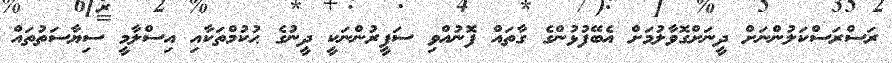
ރަސްރަސްކަލުންނަށް ދީނަށްގޮވާލުމަށް އެބޭފުޅުންގެ ގާތައް ފޮނުއްވި ސަފީރުންނަކީ ދީނުގެ ޙުކުމްތަކާއި އިސްލާމީ ސިޔާސަތުތައް